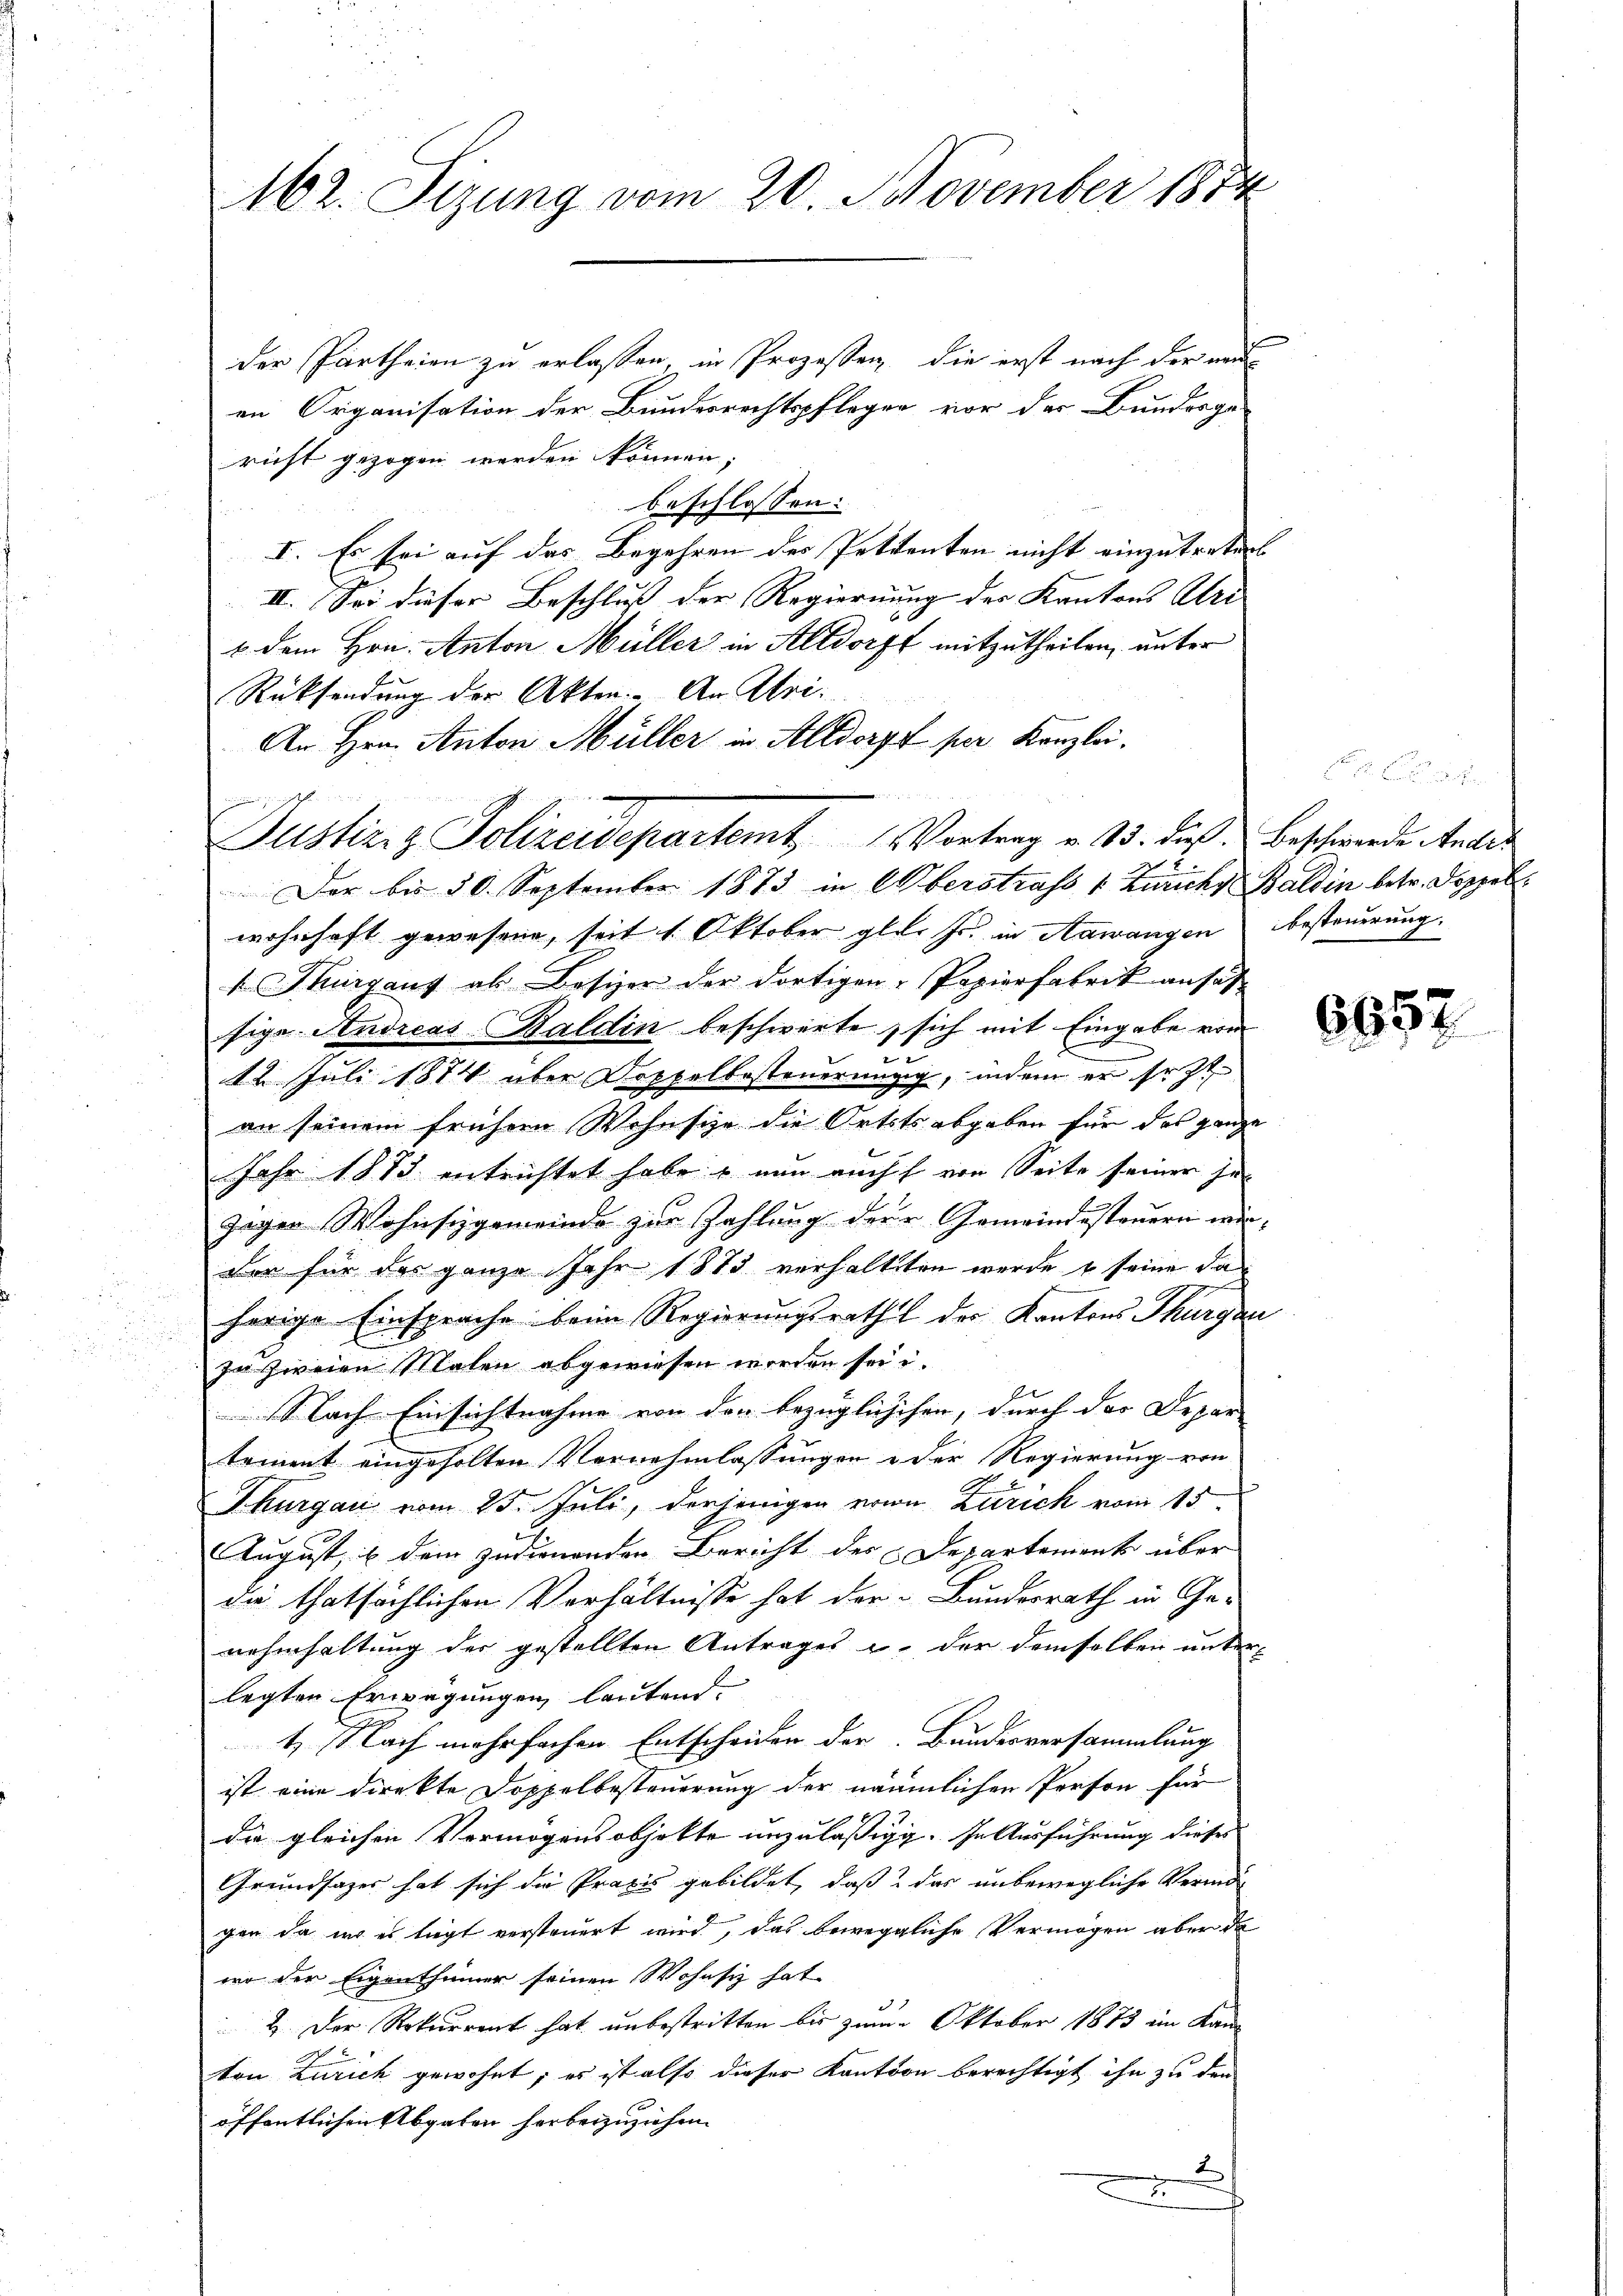
162. Sizung vom 20. November 1874

der Partheien zu erlassen, in Prozessen, die erst nach der neu
en Organisation der Bundesrechtspfleger vor der Bunderge-
richt gezogen werden können; |
beschlossen:
I. Es sei auf das Begehren des Patienten nicht einzutreten |
II. Sei dieser Beschluss der Regierung der Kantons Uri
1. dem Hrn. Anton Müller in Altdorft mitzutheilen, unter
Rücksendung der Akten. An Uri.
An Hrn. Anton Müller in Altdorff per Kanzlei
Der bis 50. September 1873 in Oberstrafs & Zürichs Baldin betr. Doppel.
wohnhaft gewesend, seit 1. Oktober gla. Fr. in Aawangen besteuerung.
 Thurgaus ab Besizer der dortigen Papierfabrik ansat
sige Andreas-Baldin beschwerte, sich mit Eingabe vom
8
12. Juli 1874 über Doppelbesteuerungig, indem er sezt
an seinem frühern Wohnsize die Ortstsabgaben für das ganze
Jahr 1873 entrichtet habe & nun auch von Seite seiner je
zigen Wohnsigemeinde zur Zahlung der Gemeindesteuern würden für das ganze Jahr 1883 verhalteten wurde & seine da
herige Einsprache beim Regierungsrath der Kantons Thurgau
zu zweien Malen abgewiesen worden sei u.
Nach Einsichtnahme von den bezüglichisen, durch der Depar-
tement eingeholten Vernehmlassungen u der Regierung von
Thurgau vom 25. Juli, derjenigen von Zürich vom 15.
August, u dem zudienenden Bericht des Departement über
die thatsächlichen Verhältnisse hat der „Bundesrath in Genehmhaltung der gestellten Antrages u. der demselben unter-
legten Erwägungen lautend.
1. Nach mehrfachen Entscheiden der Bundesversammlung
ist eine direkte Doppelbesteuerung der näumlichen Person für
die gleichen Vermögensobjekte unzuläßig. In Ausführung dieses
Grundsazes hat sich die Praxis gebildet, daß das unbewegliche Vermögen, da wo es legt versteuert wird, das beweggliche Vermögen aber de
wo der Eigenthümer seinen Wohnsiz hat
2. Der Rekurrent hat unbestritten bis zum Oktober 1873 im Kam
ton Zürich gewohnt; es ist also dieser Kantoon berechtigt ihn zu den
öffentlichen Abgaben herbeizuziehen.
J
d

Justiniz Polizeidepartemt Vortrag v. 13. dieß Beschwerde Ander

6657